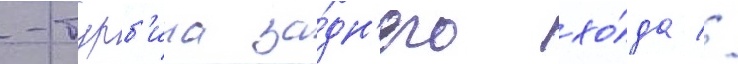
-турб'ина за́дн'его хо́да //